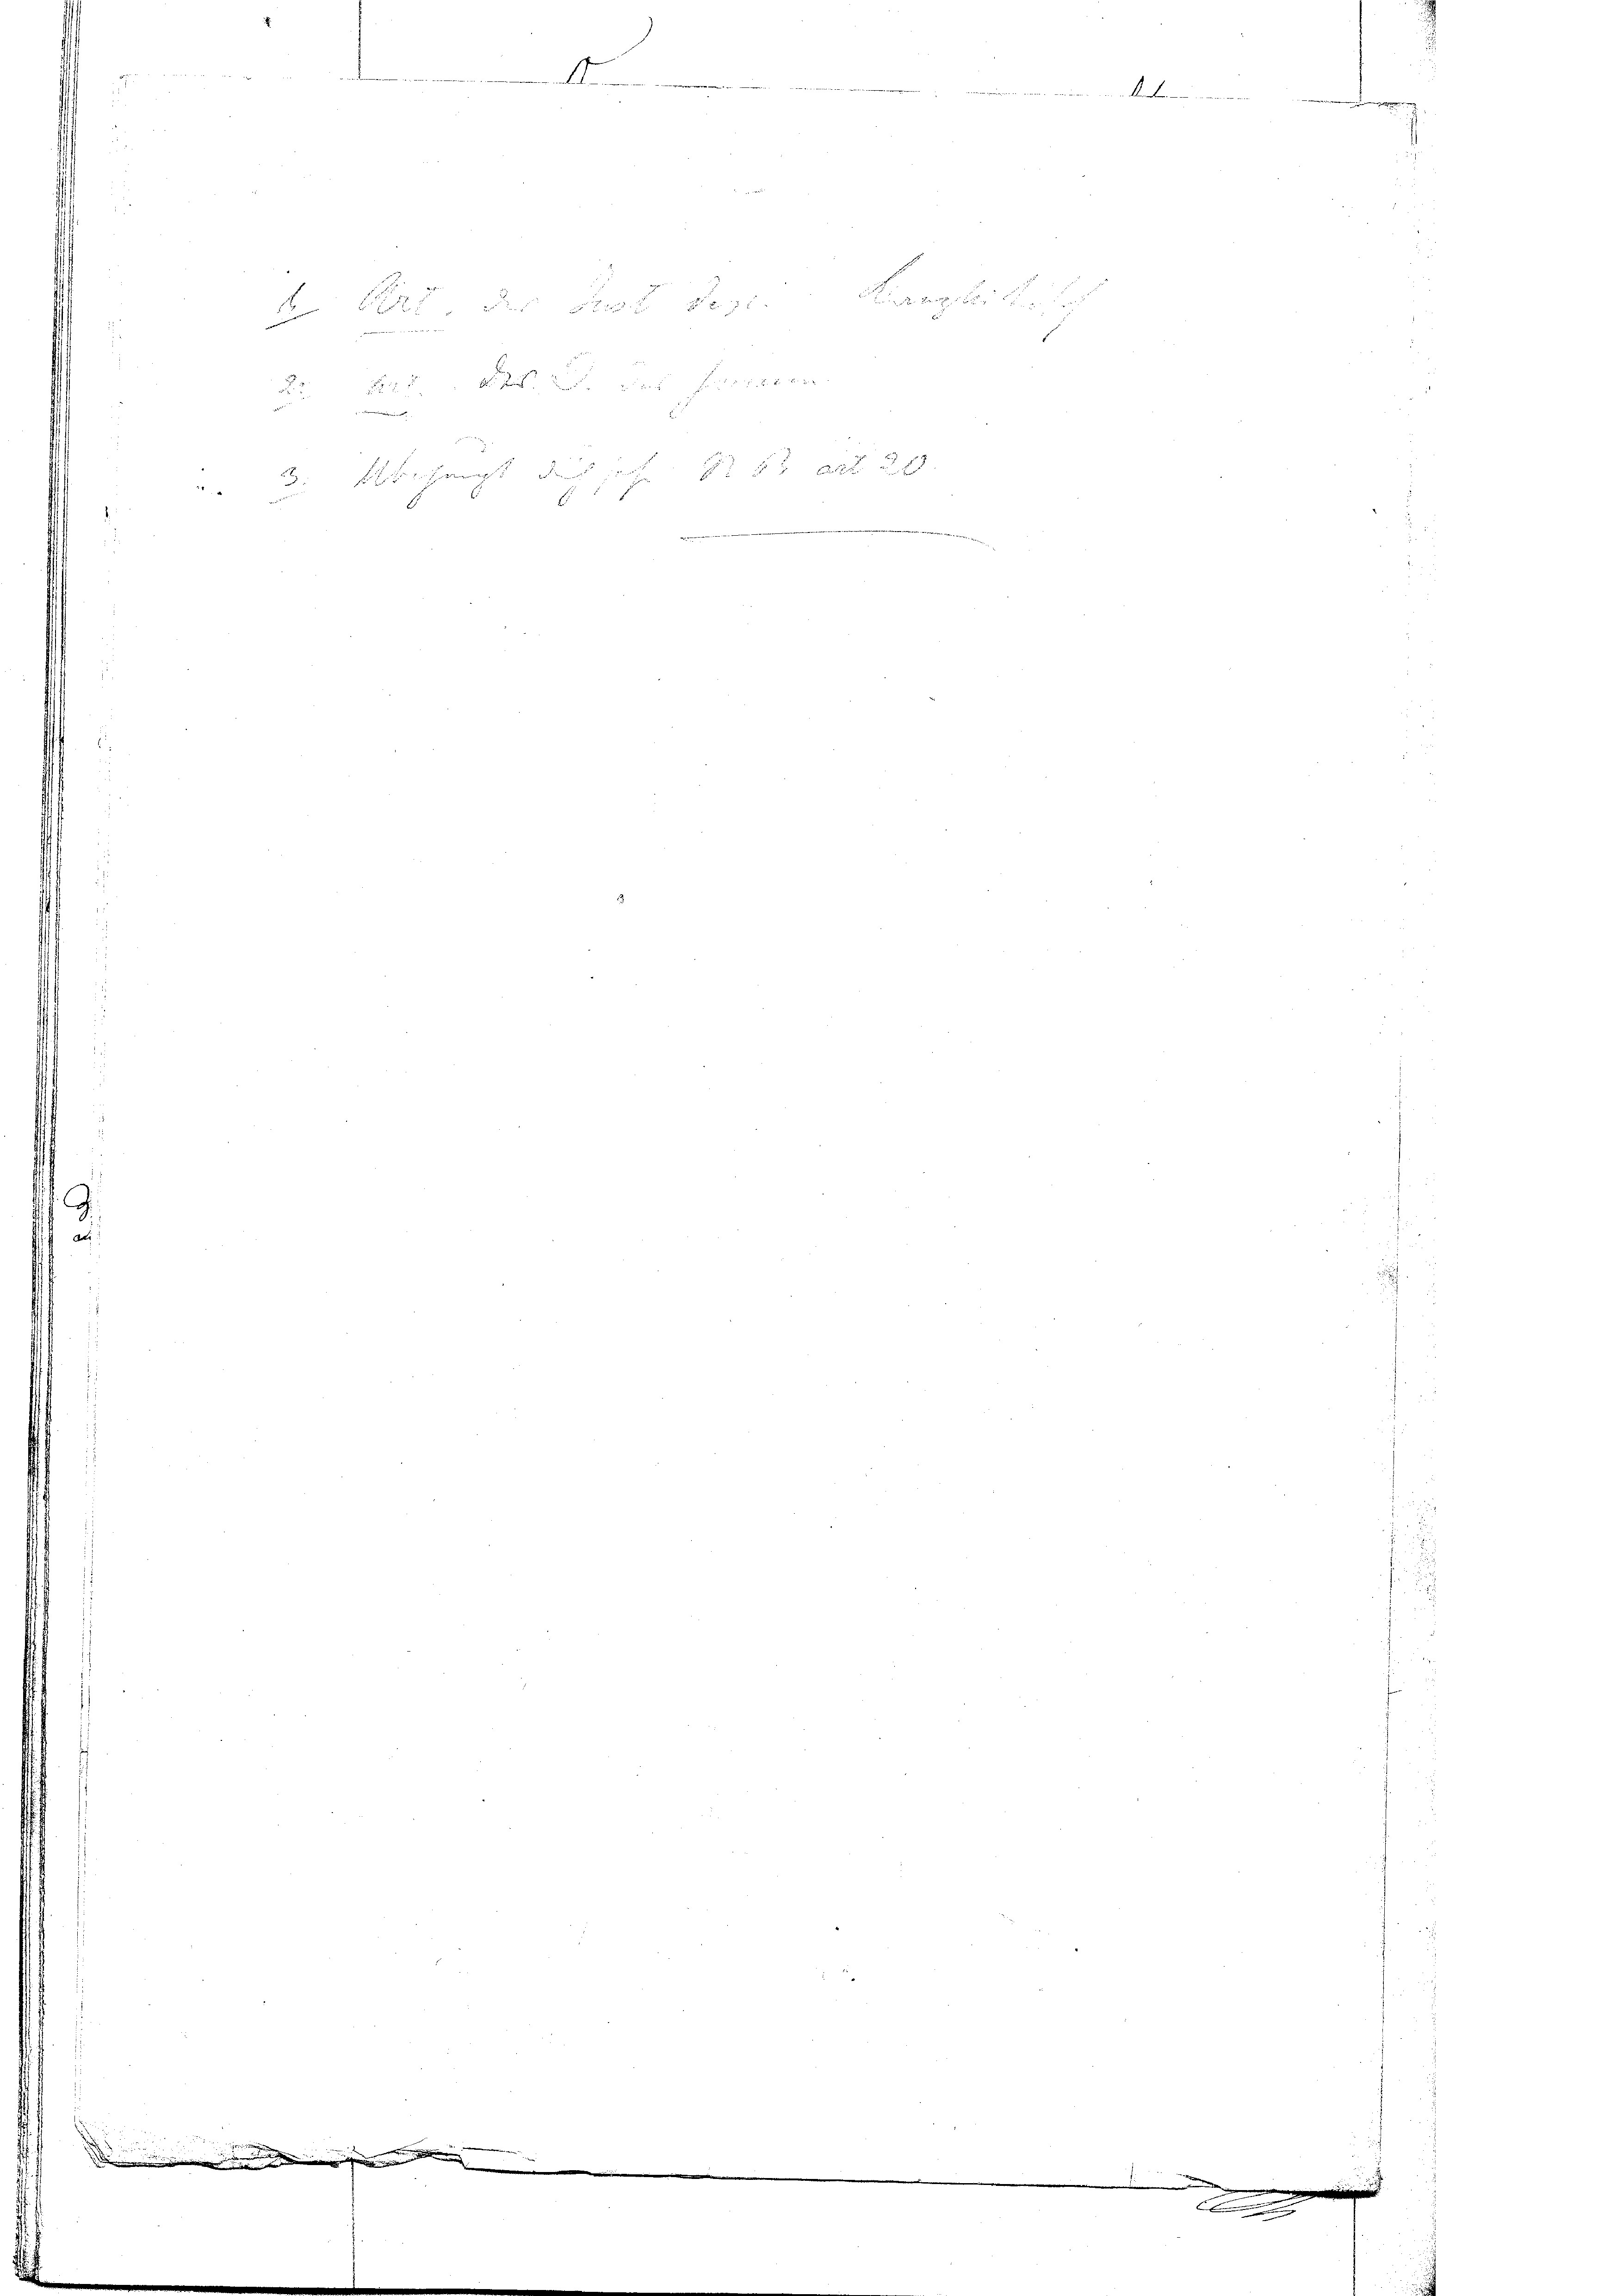
.
.

B

A

ad 2. 47

Kanzlei de

Kebe